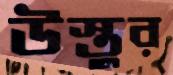
উস্তুর